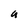
Character: a